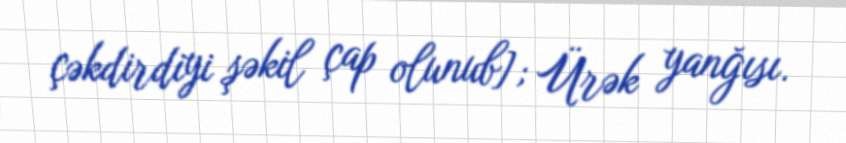
çəkdirdiyi şəkil çap olunub]; Ürək yanğısı.